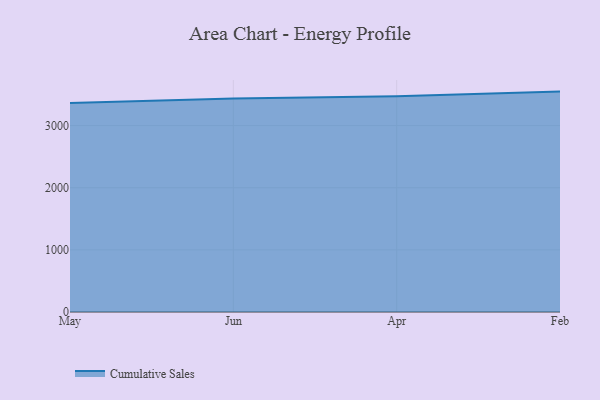
{"axis": {"x": "Month", "y": "Net Income (USD K)"}, "legend": ["Cumulative Sales"], "data": [{"x": "May", "y": 3361.8, "type": "Cumulative Sales"}, {"x": "Jun", "y": 3436.9, "type": "Cumulative Sales"}, {"x": "Apr", "y": 3473.5, "type": "Cumulative Sales"}, {"x": "Feb", "y": 3546.8, "type": "Cumulative Sales"}]}